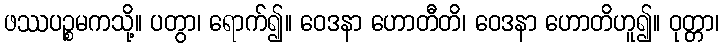
ဖဿပဉ္စမကသို့။ ပတွာ၊ ရောက်၍။ ဝေဒနာ ဟောတီတိ၊ ဝေဒနာ ဟောတိဟူ၍။ ဝုတ္တာ၊